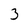
Character: 3